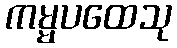
ကမ္မပထေသု